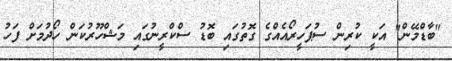
"ބާޑްމޭން" އަކީ ކުރިން ސުޕަހީރޯއެއްގެ ގޮތުގައި ބޮޑު ސްކްރީނުގައި މަޝްހޫރުކަން ހޯދުމަށް ފަހު